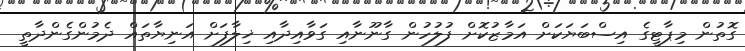
ގޮތުން މިޕާޓީގެ އިސްބަޔަކަށް އަމާޒުކޮށް ފުލުހުން ގާނޫނާއި ގަވާއިދާއި ޚިލާފަށް އަނިޔާތައް ދެމުންގެންދާތީ